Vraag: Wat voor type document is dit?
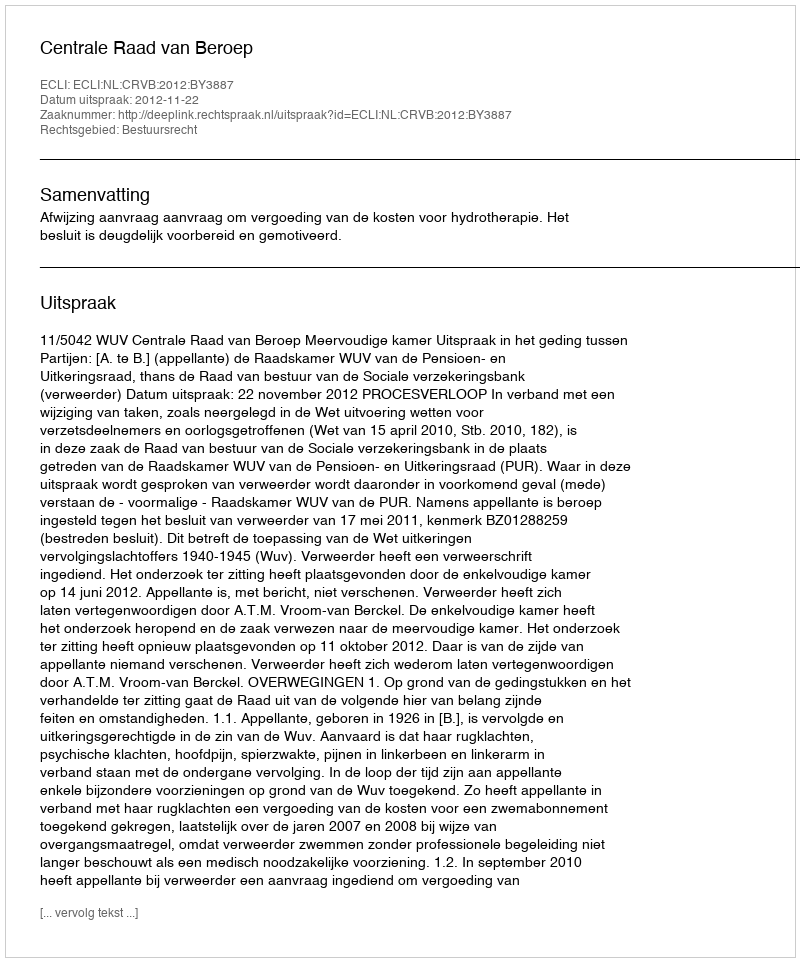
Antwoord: Uitspraak